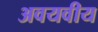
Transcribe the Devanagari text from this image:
अवयवीय